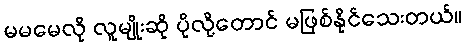
မမမေလို လူမျိုးဆို ပိုလို့တောင် မဖြစ်နိုင်သေးတယ်။